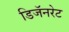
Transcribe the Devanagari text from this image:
डिजॅनरेट